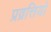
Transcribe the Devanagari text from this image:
प्रव्रत्तियो